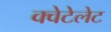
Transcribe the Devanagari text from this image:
क्वेटेलेट